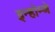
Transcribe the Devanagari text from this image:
इन्होम्णे